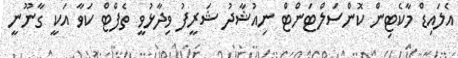
އެލައިޑް މާކެޓިން ކޮންސަލްޓަންޓް ނިއުޝާދު ޝަރީފު ވިދާޅުވީ ތެފްޓް ކަވާ އަކީ ގާނޫނީ